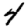
Digit: 4